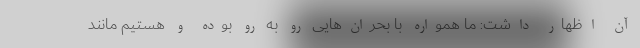
آن اظهار داشت: ما همواره با بحران‌هایی رو به رو بوده و هستیم مانند